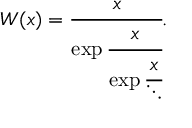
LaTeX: W ( x ) = { \cfrac { x } { \exp { \cfrac { x } { \exp { \cfrac { x } { \ddots } } } } } } .